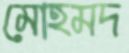
মোহমদ